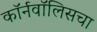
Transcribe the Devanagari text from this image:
कॉर्नवॉलिसचा